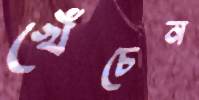
খেঁচেন